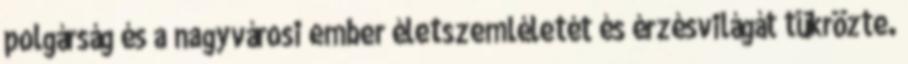
polgárság és a nagyvárosi ember életszemléletét és érzésvilágát tükrözte.